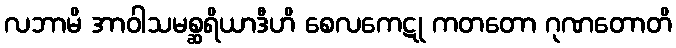
လဘာမိ အာဝါသမစ္ဆရိယာဒီဟိ စေလကေဋု ကတတော ဂုဏတောတိ